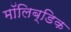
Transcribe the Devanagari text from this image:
मॉलिब्डिक